Mental hospitals Bombay report 1929-33 - 1929-1933
Year: 1929
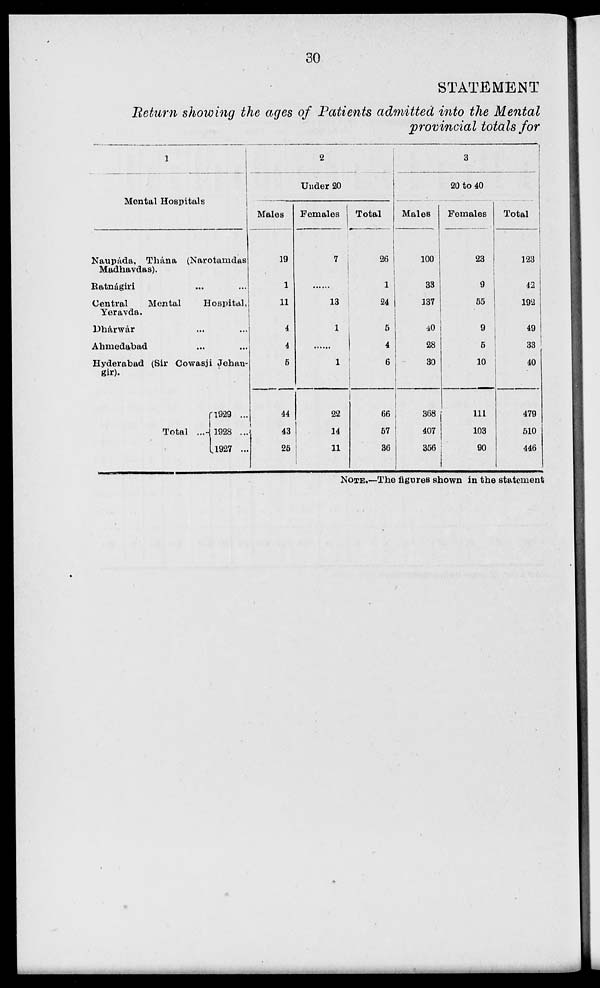
30
STATEMENT
Return showing the ages of Patients admitted into the Mental
provincial totals for
1
Mental Hospitals
Naupáda, Thána (Narotamdas
Madhavdas).
Ratnágiri ... ...
Central
Mental
Hospital,
Yeravda.
Dhárwár ... ...
Ahmedabad ... ...
Hyderabad (Sir Cowasji Jehan-
gir).
Total ...
l929 ...
1928 ...
1927 ...
2
Under 20
Males
19
1
11
4
4
5
44
43
25
Females
7
...
13
1
...
1
22
14
...
Total
26
1
24
5
4
6
66
57
36
3
20 to 40
Males
100
33
137
40
28
30
368
407
356
Females
23
9
55
9
5
10
111
103
90
Total
123
42
192
49
33
40
479
510
446
NOTE.—The figures shown in the statement